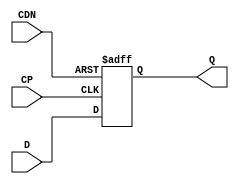
// This program was cloned from: https://github.com/intel/aib-phy-hardware
// License: Apache License 2.0

// SPDX-License-Identifier: Apache-2.0
// Copyright (C) 2019 Intel Corporation. All rights reserved
module aibcr3_ff_r ( 
	input wire CP,
	input wire CDN,
	input wire D,
	output reg Q
);

always@(posedge CP or negedge CDN) begin
	if (!CDN) begin
		Q <= 1'b0;
	end
	else begin
		Q <= D;
	end
end
endmodule